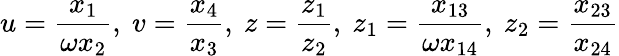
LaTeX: u=\frac{x_{1}}{\omega x_{2}},~v=\frac{x_{4}}{x_{3}},~z=\frac{z_{1}}{z_{2}},~z_{1}=\frac{x_{13}}{\omega x_{14}},~z_{2}=\frac{x_{23}}{x_{24}}